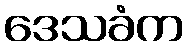
ဒေသခံက